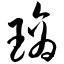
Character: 璃